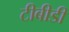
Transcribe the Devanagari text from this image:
टीबीडी